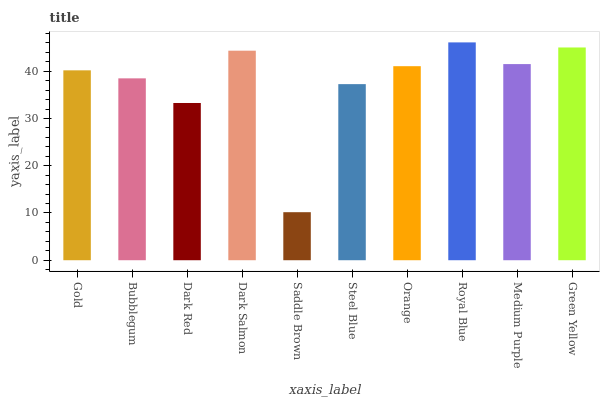
| xaxis_label | bars |
 | --- | --- |
 | Gold | 40.2 |
 | Bubblegum | 38.5 |
 | Dark Red | 33.3 |
 | Dark Salmon | 44.3 |
 | Saddle Brown | 10.2 |
 | Steel Blue | 37.3 |
 | Orange | 41.1 |
 | Royal Blue | 46.1 |
 | Medium Purple | 41.5 |
 | Green Yellow | 45 |